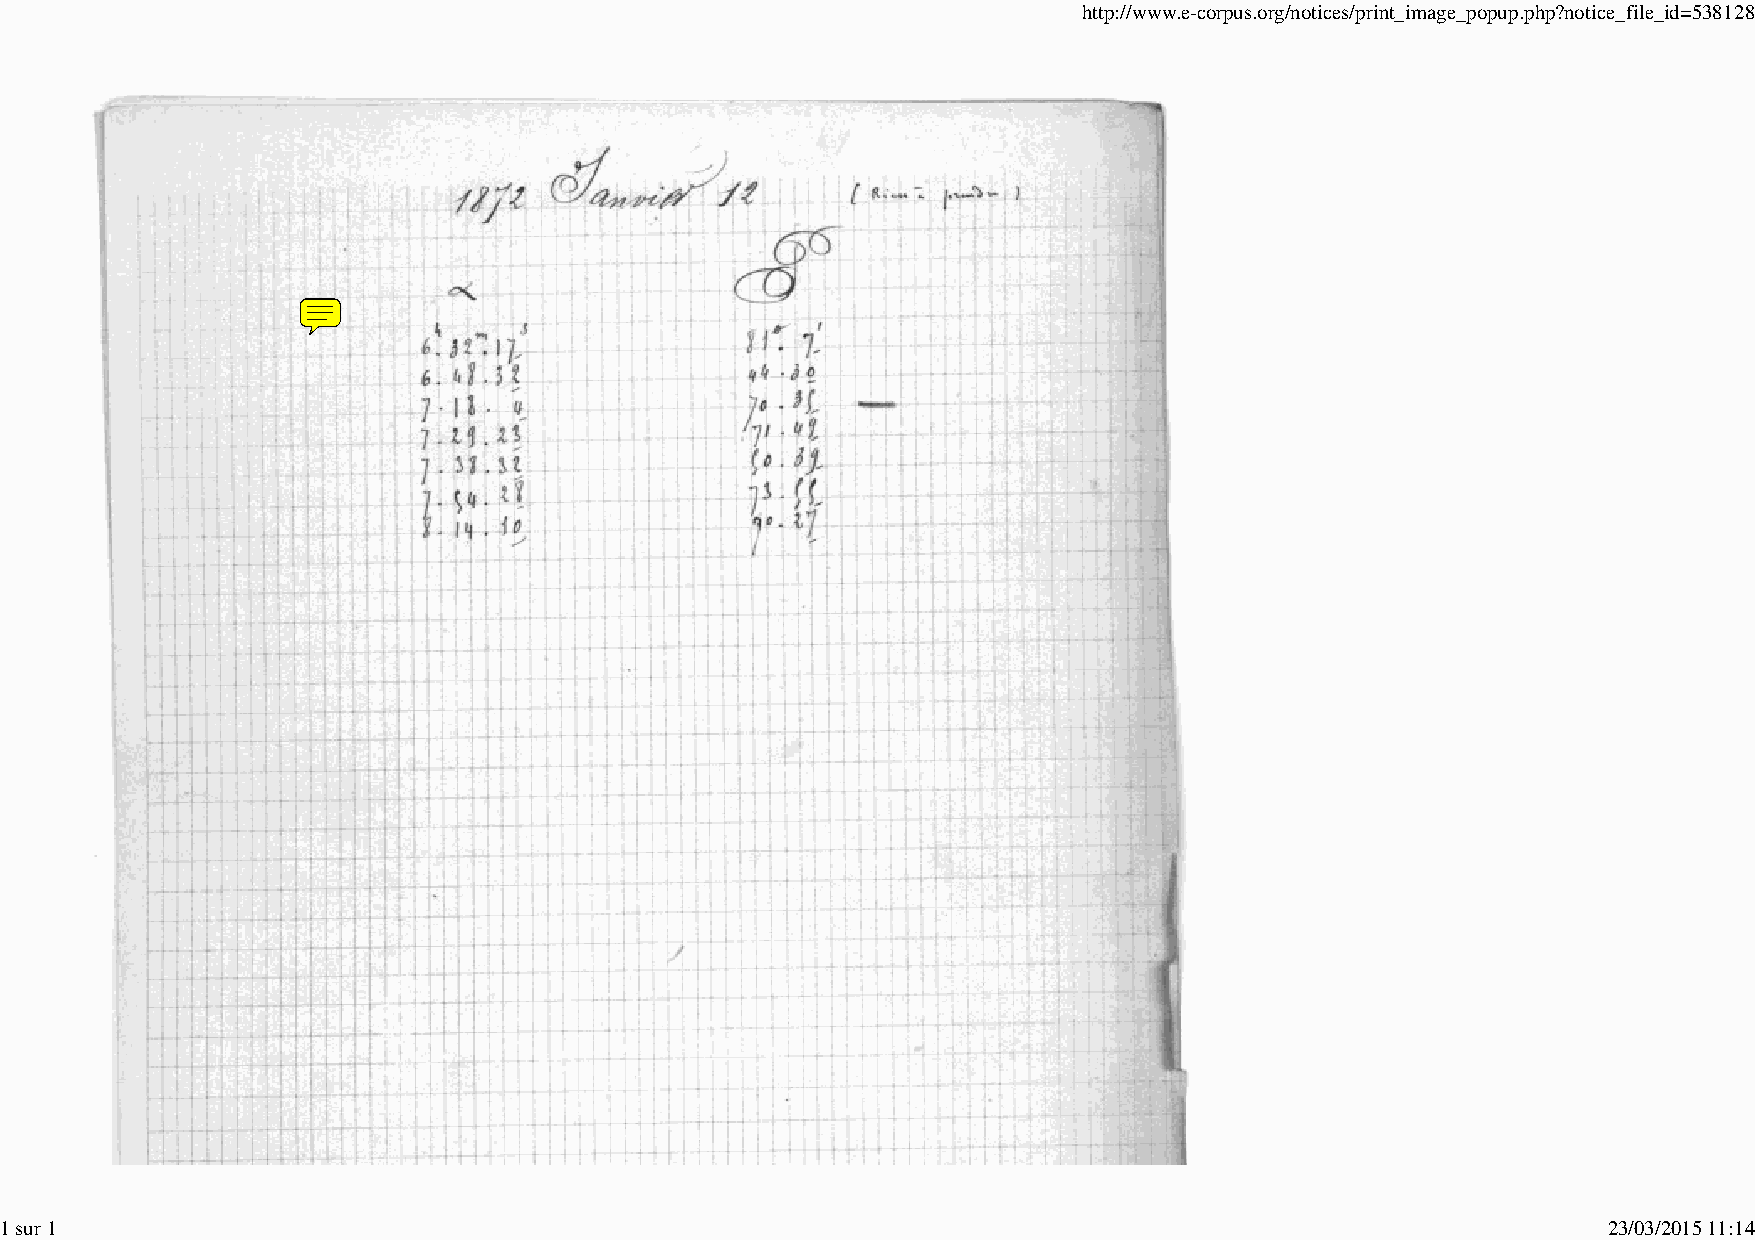
http://www.e-corpus.org/notices/print_image_popup.php?notice_file_id=538128
 1 sur 1                                                                                                   23/03/2015 11:14